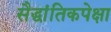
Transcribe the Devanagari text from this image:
सैद्धांतिकपेक्षा